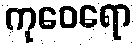
ကုဝေရော